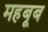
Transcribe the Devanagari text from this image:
महबूब